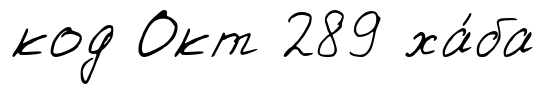
код Окт 289 ха́ба